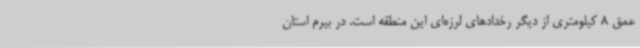
عمق 8 کیلومتری از دیگر رخدادهای لرزه‌ای این منطقه است. در بیرم استان